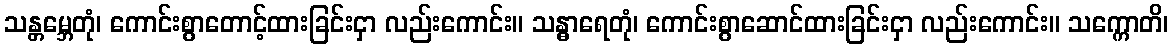
သန္တမ္ဘေတုံ၊ ကောင်းစွာတောင့်ထားခြင်းငှာ လည်းကောင်း။ သန္ဓာရေတုံ၊ ကောင်းစွာဆောင်ထားခြင်းငှာ လည်းကောင်း။ သက္ကောတိ၊